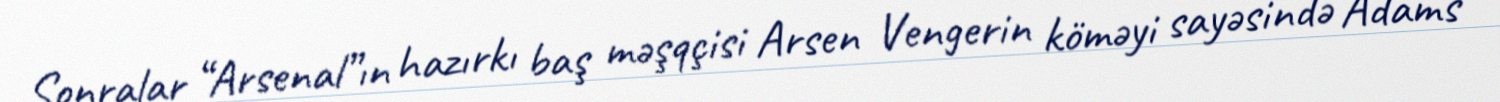
Sonralar “Arsenal”ın hazırkı baş məşqçisi Arsen Vengerin köməyi sayəsində Adams